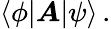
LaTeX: \langle\phi|{\boldsymbol{A}}|\psi\rangle\, .